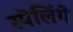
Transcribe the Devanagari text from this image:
स्पॆलिंगे